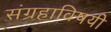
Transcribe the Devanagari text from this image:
संग्रहाविषयी